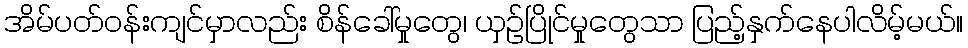
အိမ်ပတ်ဝန်းကျင်မှာလည်း စိန်ခေါ်မှုတွေ၊ ယှဥ်ပြိုင်မှုတွေသာ ပြည့်နှက်နေပါလိမ့်မယ်။